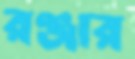
রঞ্জার